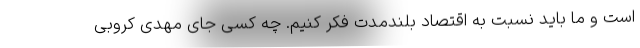
است و ما باید نسبت به اقتصاد بلندمدت فکر کنیم. چه کسی جای مهدی کروبی